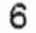
6